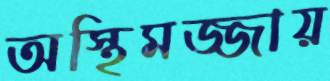
অস্থিমজ্জায়